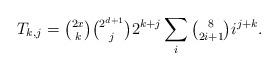
LaTeX: \begin{align*}T_{k,j}={\tbinom{2x}k\tbinom{2^{d+1}}j}2^{k+j}\sum_i\tbinom 8{2i+1}i^{j+k}.\end{align*}